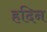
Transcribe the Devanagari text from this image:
हदिन